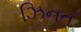
ઝિનત